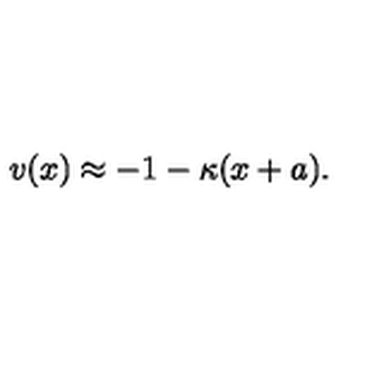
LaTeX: v ( x ) \approx - 1 - \kappa ( x + a ) .